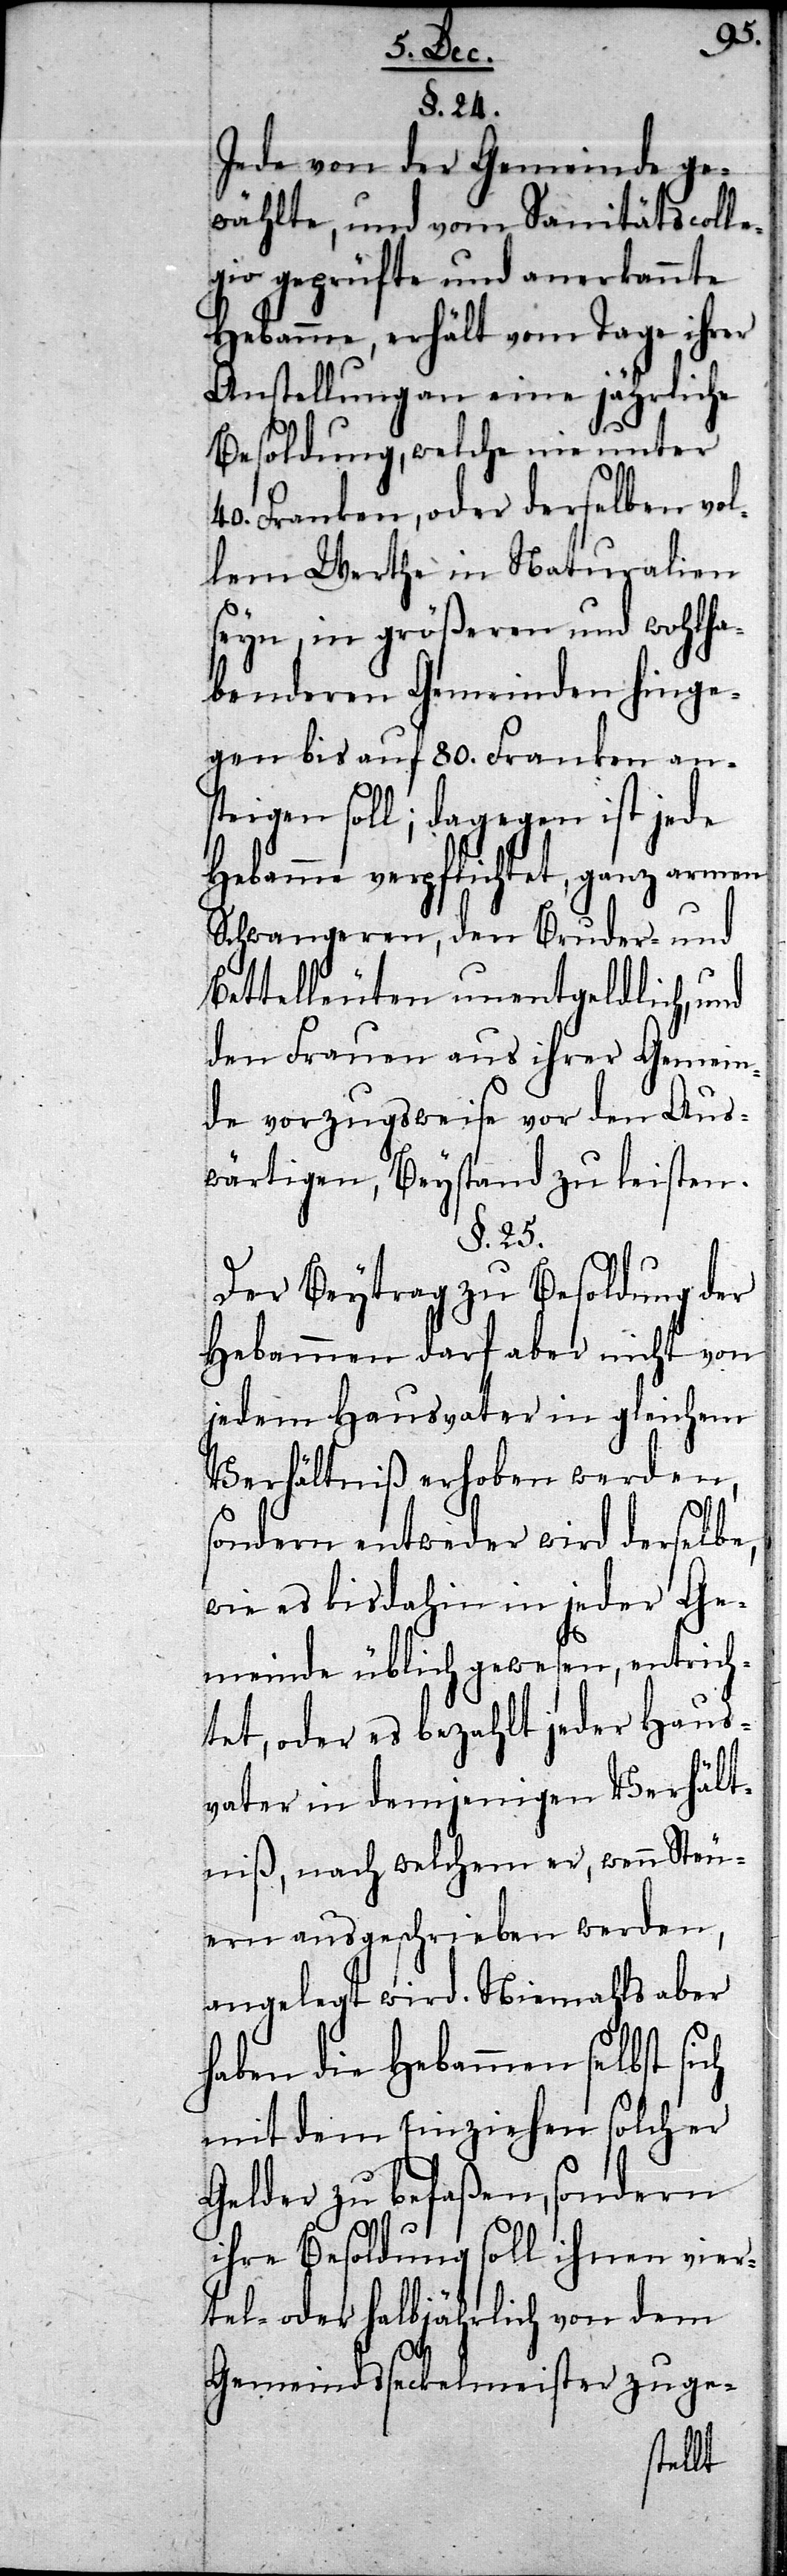
§. 24.
Jede von der Gemeinde ge¬
wählte, und vom Sanitätscolle¬
gio geprüfte und anerkannte
Hebamme, erhält vom Tage ihrer
Anstellung an eine jährliche
Besoldung, welche nie unter
40. Franken, oder derselben v¬
ollem Werthe in Naturalien
seyn, in größeren und wohlh¬
abenderen Gemeinden hinge¬
gen bis auf 80. Franken an¬
steigen soll; dagegen ist jede
Hebamme verpflichtet, ganz armen
Schwangeren, den Bruder- und
Bettelläuten unentgeltlich, und
den Frauen aus ihrer Gemein¬
de vorzugsweise vor den Aus¬
wärtigen, Beystand zu leisten.
§. 25.
Der Beytrag zu Besoldung der
Hebammen darf aber nicht von
jedem Hausvater in gleichem
Verhältniß erhoben werden,
sondern entweder wird derselbe,
wie es bis dahin in jeder Ge¬
meinde üblich gewesen, entrich¬
tet, oder es bezahlt jeder Haus¬
vater in demjenigen Verhält¬
niß, nach welchem er, wenn Steu¬
ern ausgeschrieben werden,
angelegt wird. Niemahls aber
haben die Hebammen selbst
mit dem Einziehen solcher
Gelder zu befaßen, sondern
ihre Besoldung soll ihnen vier¬
tel- oder halbjährlich von dem
Gemeindsseckelmeister zuge-